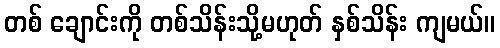
တစ် ချောင်းကို တစ်သိန်းသို့မဟုတ် နှစ်သိန်း ကျမယ်။